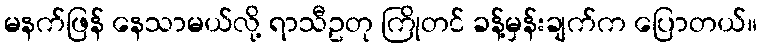
မနက်ဖြန် နေသာမယ်လို့ ရာသီဥတု ကြိုတင် ခန့်မှန်းချက်က ပြောတယ်။